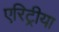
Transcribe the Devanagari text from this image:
एरिट्रीया